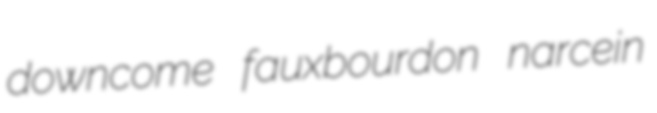
downcome fauxbourdon narcein